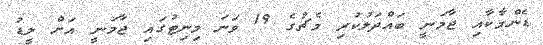
ޑެންމާކާއި ޖާމަނީ ބައްދަލުކުރި މެޗުގެ 19 ވަނަ މިނިޓުގައި ޖާމަނީ އަށް ލީޑު